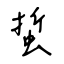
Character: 蜇